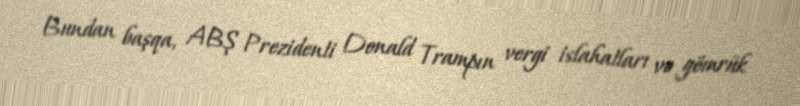
Bundan başqa, ABŞ Prezidenti Donald Trampın vergi islahatları və gömrük